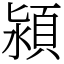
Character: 潁